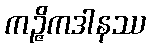
ကဉ္ဇိကဒါနဿ